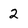
Character: 2